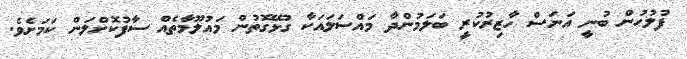
ފުލުހުން ބުނީ އަނަސް ހާޒިރުކުރީ ބަލަމުންދާ މައްސަލައަކާ ގުޅޭގޮތުން މައުލޫމާތެއް ސާފުކޮށްލަން ކަމަށެވެ.